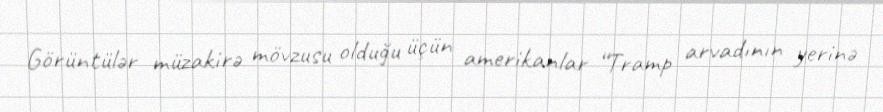
Görüntülər müzakirə mövzusu olduğu üçün amerikanlar “Tramp arvadının yerinə